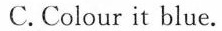
C. Colour it blue.